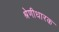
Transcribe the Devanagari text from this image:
श्रेणीधारक